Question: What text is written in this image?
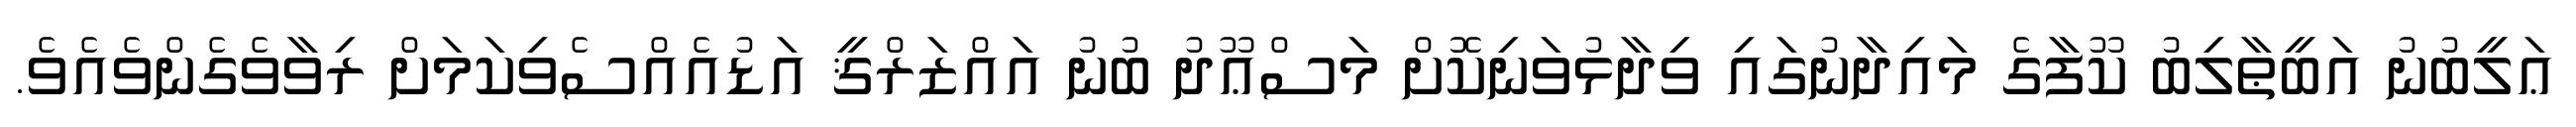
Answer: ޢަލީބުނު އަބީޠާލިބު ކޫފާގެ މައިދާނުގައި ވިދާޅުވަނިކޮށް މަސްޢޫދު ބުނު އައްޒަރްޤީ އަޑުއެއްސެވިކަމަށް ރިވާވެގެންވެއެވެ.